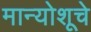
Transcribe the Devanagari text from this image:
मान्योशूचे